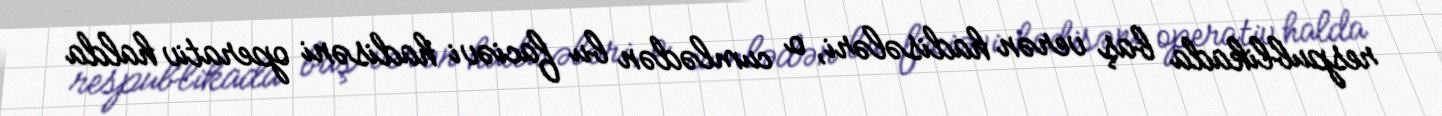
respublikada baş verən hadisələri, o cumlədən bu faciəvi hadisəni operativ halda